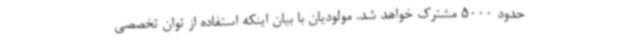
حدود 5000 مشترک خواهد شد. مولودیان با بیان اینکه استفاده از توان تخصصی